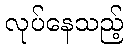
လုပ်နေသည့်